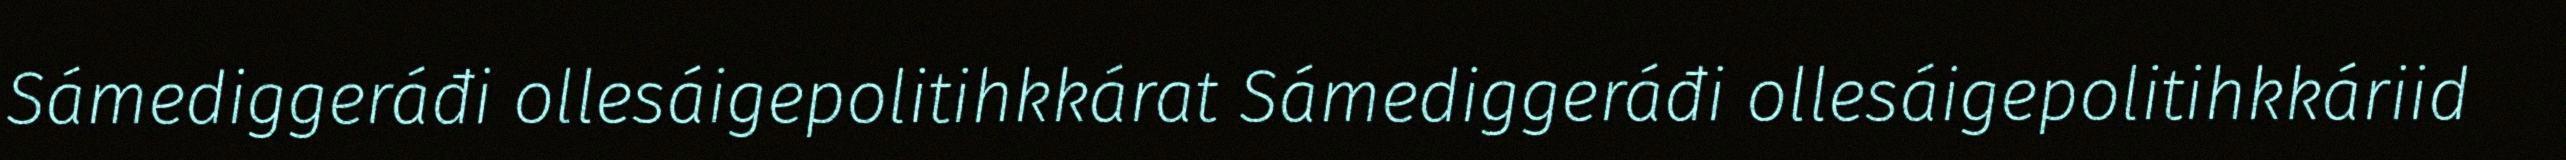
Sámediggeráđi ollesáigepolitihkkárat Sámediggeráđi ollesáigepolitihkkáriid